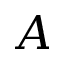
A